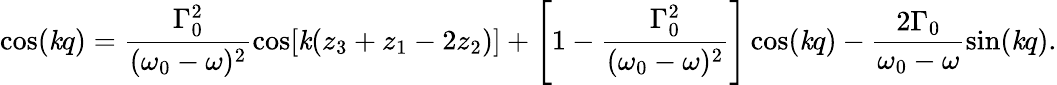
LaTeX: \cos(\mathit{k}q)=\frac{{\Gamma_{0}^{2}}}{{(\omega_{0}-\omega)^{2}}}\cos[\mathit{k}(z_{3}+z_{1}-2z_{2})]+\left[1-\frac{{\Gamma_{0}^{2}}}{{(\omega_{0}-\omega)^{2}}}\right]\cos(\mathit{k}q)-\frac{{2\Gamma_{0}}}{{\omega_{0}-\omega}}\sin(\mathit{k}q).